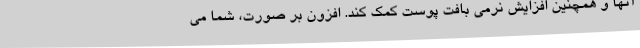
آنها و همچنین افزایش نرمی بافت پوست کمک کند. افزون بر صورت، شما می